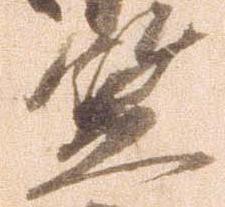
笠